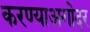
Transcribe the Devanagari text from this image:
करण्याअगोदर